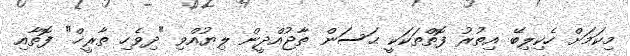
މިކަމަށް ހެކިލިބޭ އިތުރު ފޮތްތަކަކީ ޙަސަން ތާޖުއްދީން ލިޔުއްވި "ދިވެހި ތާރީޚް" ފޮތާއި